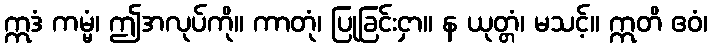
ဣဒံ ကမ္မံ၊ ဤအလုပ်ကို။ ကာတုံ၊ ပြုခြင်းငှာ။ န ယုတ္တံ၊ မသင့်။ ဣတိ ဧဝံ၊